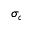
\sigma _ { c }